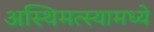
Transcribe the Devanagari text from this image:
अस्थिमत्स्यामध्ये